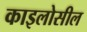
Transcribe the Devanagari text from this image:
काइलोसील